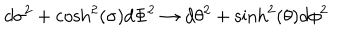
LaTeX: d \sigma ^ { 2 } + \cosh ^ { 2 } ( \sigma ) d \Phi ^ { 2 } \to d \theta ^ { 2 } + \sinh ^ { 2 } ( \theta ) d \phi ^ { 2 }